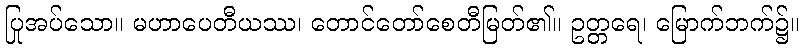
ပြုအပ်သော။ မဟာပေတီယဿ၊ တောင်တော်စေတီမြတ်၏။ ဥတ္တရေ၊ မြောက်ဘက်၌။